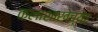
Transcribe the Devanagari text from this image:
कलाशाखेच्या